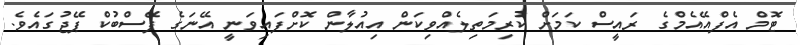
ޓޮމް އެފްއޭއެމްގެ ރައީސް ކަމަށް ކުރިމަތިލެއްވިކަން އިއުލާން ކޮށްފައިވަނީ އޭނަގެ ފޭސްބުކް ޕޭޖުގައެވެ.